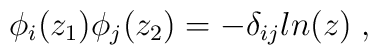
\phi_i(z_1)\phi_j(z_2) = -\delta_{ij}ln(z) \; ,